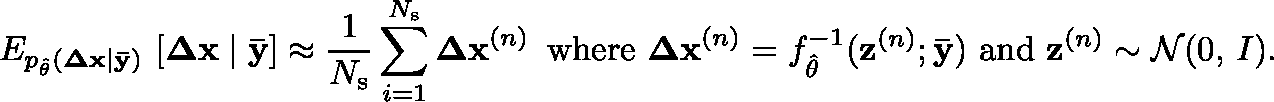
\mathbb { E } _ { p _ { \hat { \theta } } ( \mathbf { \Delta x } \mid \mathbf { \bar { y } } ) } \, \left[ \mathbf { \Delta x } \mid \mathbf { \bar { y } } \right] \approx \frac { 1 } { N _ { \mathrm { s } } } \sum _ { i = 1 } ^ { N _ { \mathrm { s } } } \mathbf { \Delta x } ^ { ( n ) } \, \, \, \mathrm { w h e r e } \, \, \mathbf { \Delta x } ^ { ( n ) } = f _ { \hat { \theta } } ^ { - 1 } ( \mathbf { z } ^ { ( n ) } ; \mathbf { \bar { y } } ) \, \, \mathrm { a n d } \, \, \mathbf { z } ^ { ( n ) } \sim \mathcal { N } ( 0 , \, I ) .